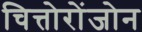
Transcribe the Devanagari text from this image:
चित्तोरोंजोन